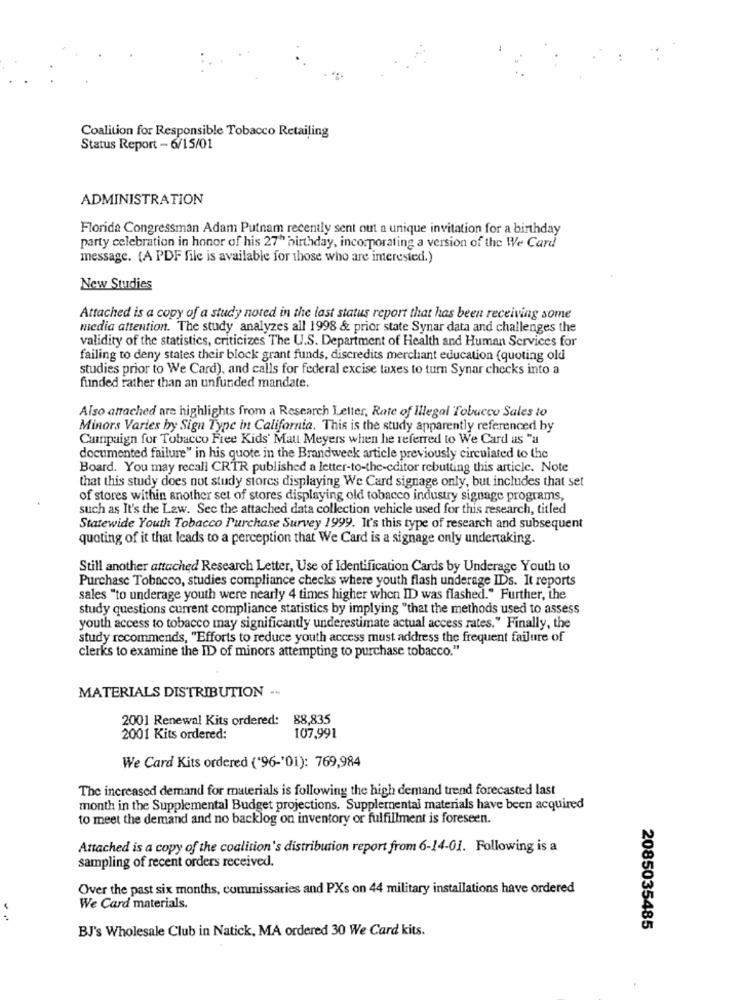
Coalition for Responsible Tobacco Retailing
Status Report - 6/15/01
ADMINISTRATION
Florida Congressman Adam Putnam recently sent out a unique invitation for a birthday
party celebration in honor of his 27" birthday, incorporating a version of the We Card
message. (A PDF file is available for those who are interested.)
New Studies
Attached is a copy of a study noted in the last status report that has been receiving some
media attention. The study analyzes all 1998 & prior state Synar data and challenges the
validity of the statistics, criticizes The U.S. Department of Health and Human Services for
failing to deny states their block grant funds, discredits merchant education (quoting old
studies prior to We Card), and calls for federal excise taxes to turn Synar checks into a
funded rather than an unfunded mandate.
Also attached are highlights from a Research Letter, Rate of Illegal Tobacco Sales to
Minors Varies by Sign Type in California. This is the study apparently referenced by
Campaign for Tobacco Free Kids' Matt Meyers when he referred to We Card as "a
documented failure" in his quote in the Brandweek article previously circulated to the
Board. You may recall CRTR published a letter-to-the-editor rebutting this article. Note
that this study does not study stores displaying We Card signage only, but includes that set
of stores within another set of stores displaying old tobacco industry signage programs,
such as It's the Law. See the attached data collection vehicle used for this research, titled
Statewide Youth Tobacco Purchase Survey 1999. It's this type of research and subsequent
quoting of it that leads to a perception that We Card is a signage only undertaking.
Still another attached Research Letter, Use of Identification Cards by Underage Youth to
Purchase Tobacco, studies compliance checks where youth flash underage IDs. It reports
sales "to underage youth were nearly 4 times higher when ID was flashed." Further, the
study questions current compliance statistics by implying "that the methods used to assess
youth access to tobacco may significantly underestimate actual access rates." Finally, the
study recommends, "Efforts to reduce youth access must address the frequent failure of
clerks to examine the ID of minors attempting to purchase tobacco."
MATERIALS DISTRIBUTION --
2001 Renewal Kits ordered: 88,835
2001 Kits ordered:
107,991
We Card Kits ordered ('96-'01): 769,984
The increased demand for materials is following the high demand trend forecasted last
month in the Supplemental Budget projections. Supplemental materials have been acquired
to meet the demand and no backlog on inventory or fulfillment is foreseen.
Attached is a copy of the coalition's distribution report from 6-14-01. Following is a
sampling of recent orders received.
Over the past six months, commissaries and PXs on 44 military installations have ordered
We Card materials.
:
BJ's Wholesale Club in Natick, MA ordered 30 We Card kits.
2085035485